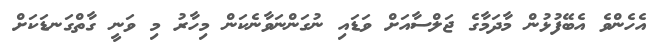
އެހެންވެ އެބޭފުޅުން މާދަމާގެ ޖަލްސާއަށް ވަޑައި ނުގަންނަވާނެކަން މިހާރު މި ވަނީ ގާތްގަނޑަކަށް